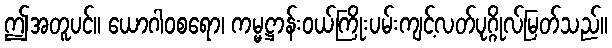
ဤအတူပင်။ ယောဂါဝစရော၊ ကမ္မဋ္ဌာန်းဝယ်ကြိုးပမ်းကျင့်လတ်ပုဂ္ဂိုလ်မြတ်သည်။